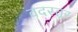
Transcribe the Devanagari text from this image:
वदस्तूर